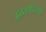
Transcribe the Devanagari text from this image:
बनस्पतियों